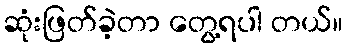
ဆုံးဖြတ်ခဲ့တာ တွေ့ရပါ တယ်။